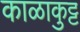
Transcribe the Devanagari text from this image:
काळाकुट्ट